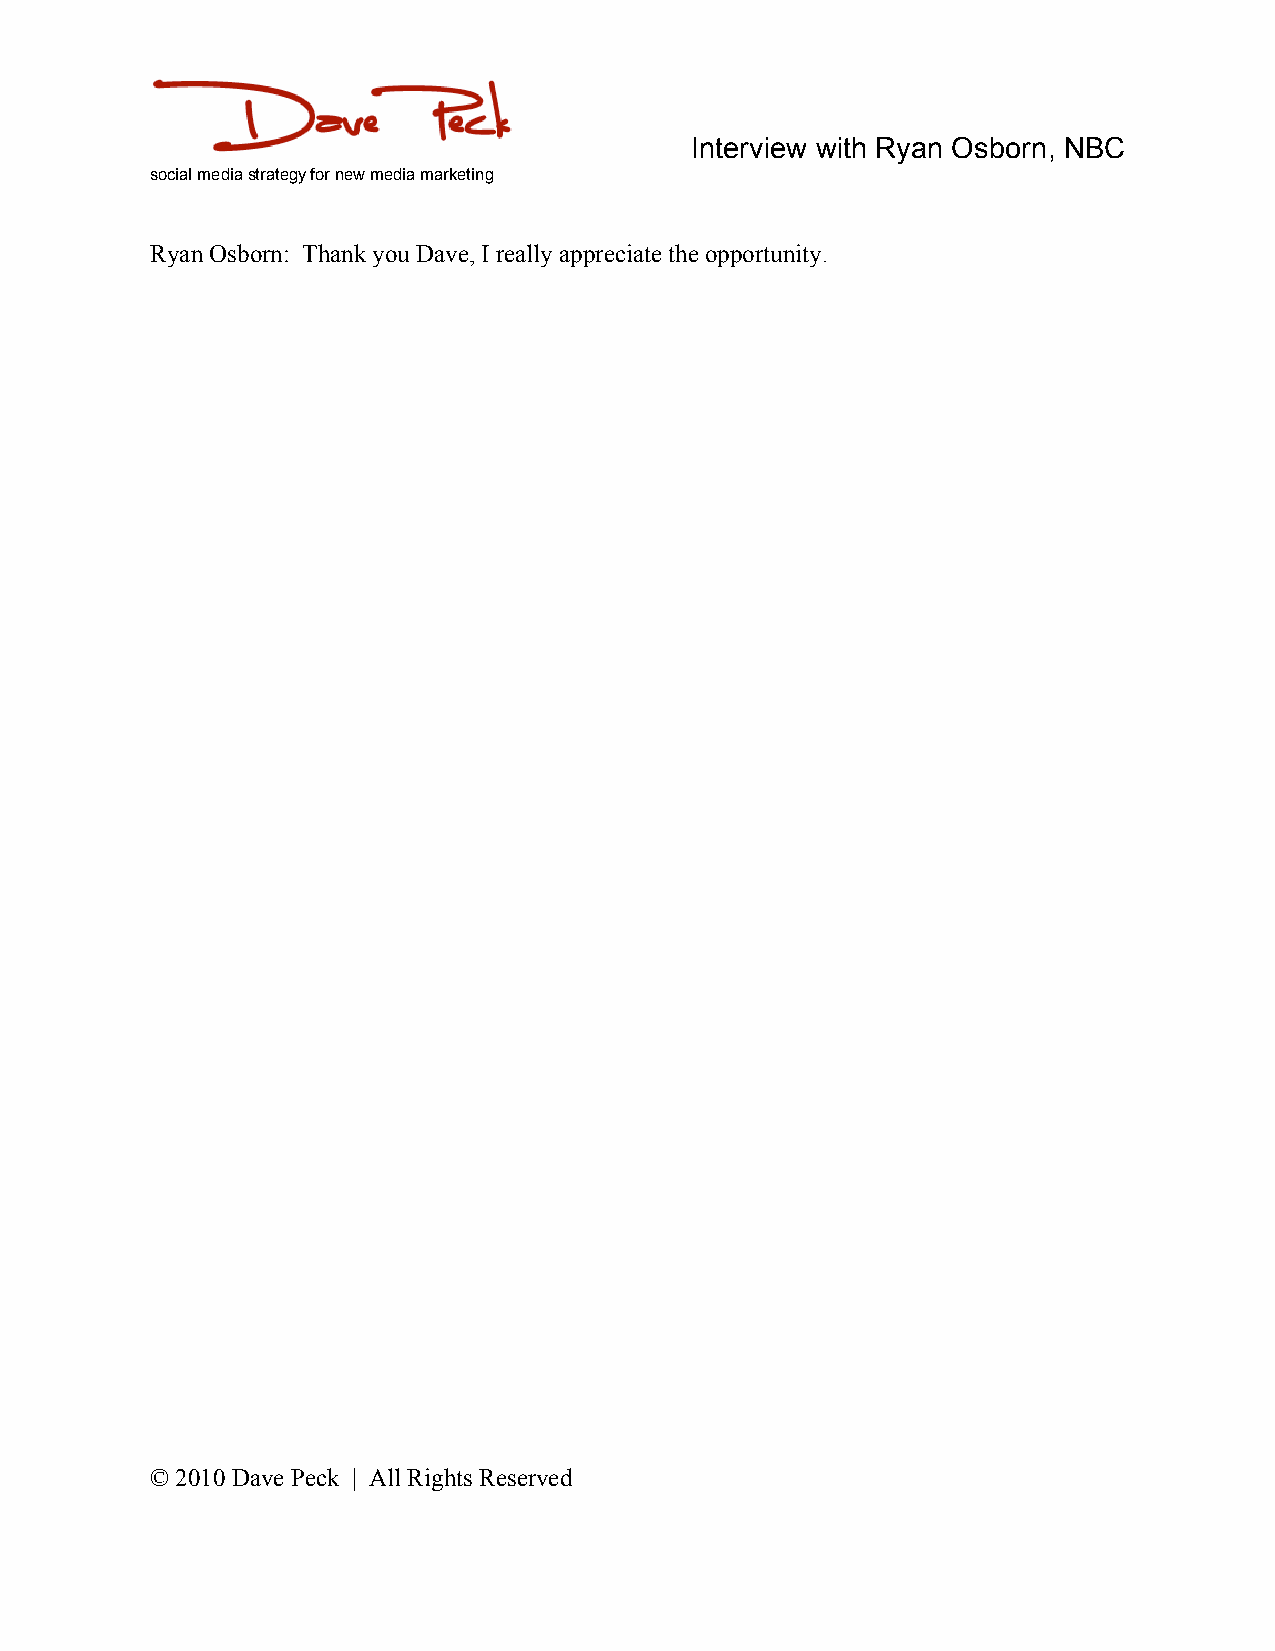
Interview with Ryan Osborn, NBC
 social media strategy for new media marketing
 Ryan Osborn: Thank you Dave, I really appreciate the opportunity.
 © 2010 Dave Peck | All Rights Reserved